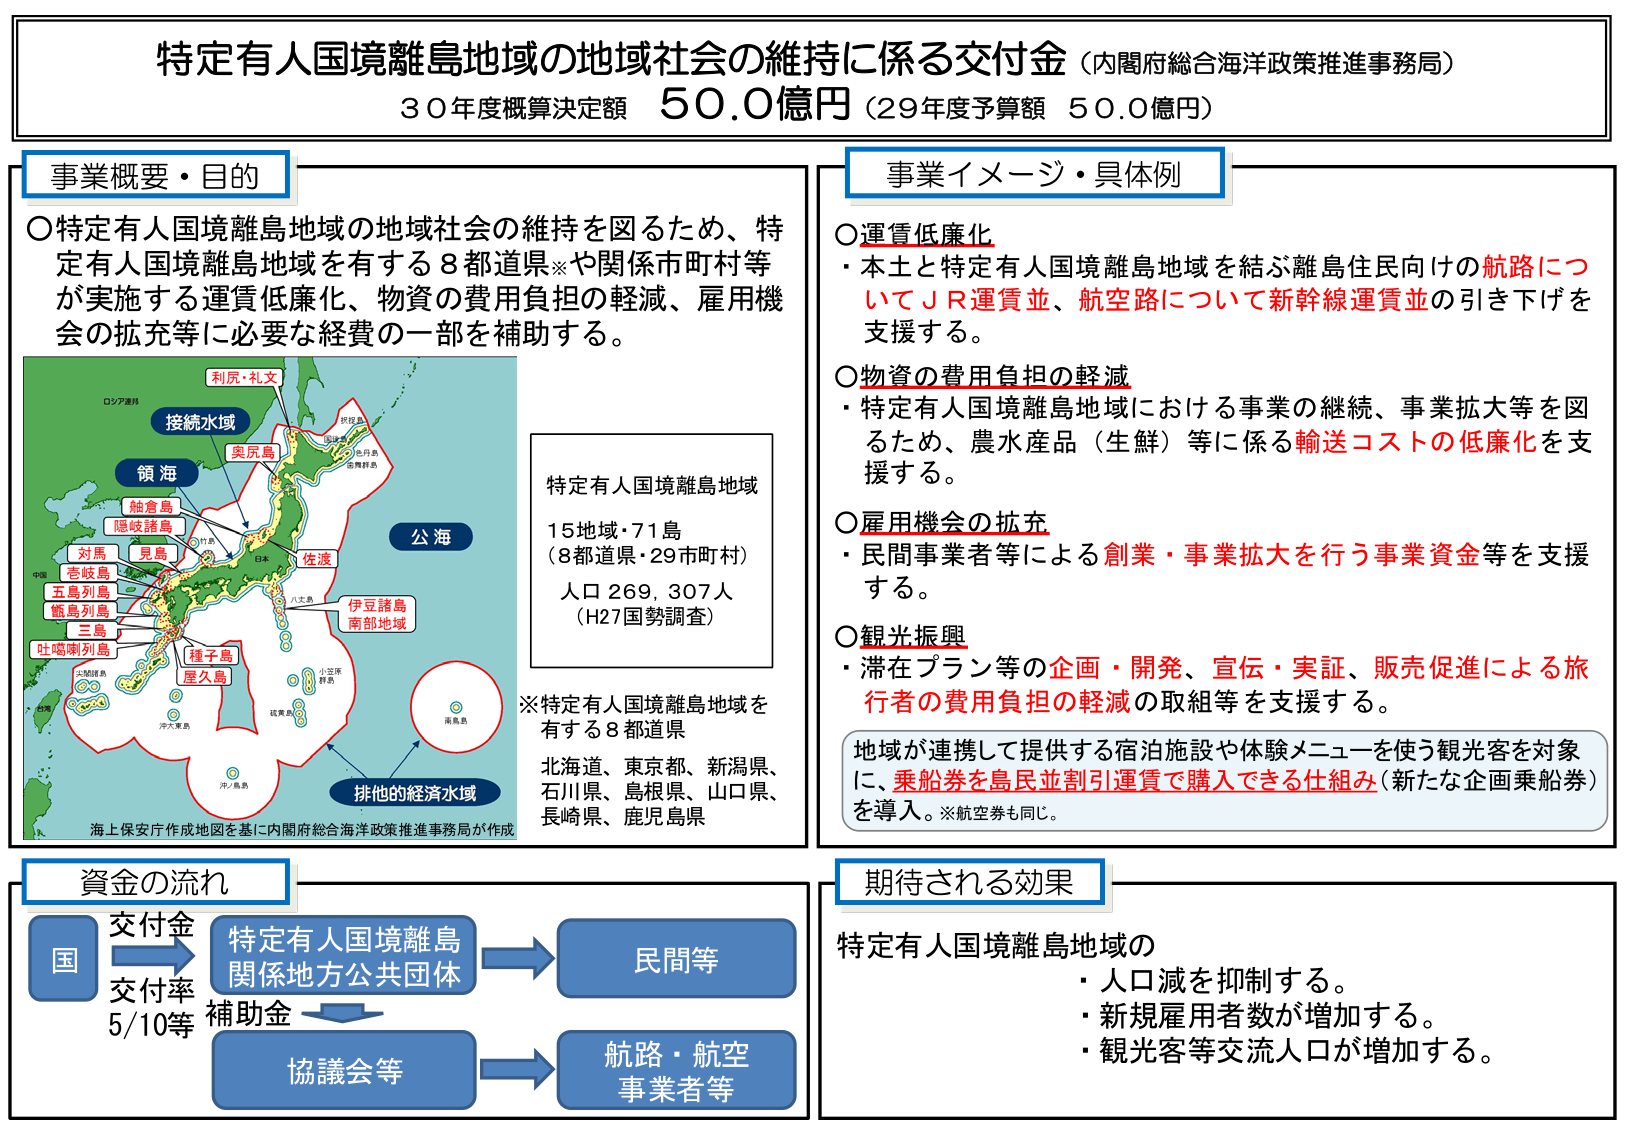
特定有人国境離島地域の地域社会の維持に係る交付金（内閣府総合海洋政策推進事務局）
30年度概算決定額 50.0億円（29年度予算額 50.0億円）

事業概要・目的
〇特定有人国境離島地域の地域社会の維持を図るため、特定有人国境離島地域を有する8都道県※や関係市町村等が実施する運賃低廉化、物資の費用負担の軽減、雇用機会の拡充等に必要な経費の一部を補助する。

（地図内ラベル）
利尻・礼文
接続水域
領海
奥尻島
蝦倉島
隠岐諸島
対馬
見島
壱岐島
五島列島
甑島列島
三島
吐噶喇列島
種子島
屋久島
佐渡
伊豆諸島
南部地域
公海
排他的経済水域
沖ノ鳥島
南鳥島
小笠原諸島
八丈島
日木
中国
ロシア連邦
海上保安庁作成地図を基に内閣府総合海洋政策推進事務局が作成

特定有人国境離島地域
15地域・71島
（8都道県・29市町村）
人口 269,307人
（H27国勢調査）

※特定有人国境離島地域を有する8都道県
北海道、東京都、新潟県、
石川県、島根県、山口県、
長崎県、鹿児島県

事業イメージ・具体例
〇運賃低廉化
・本土と特定有人国境離島地域を結ぶ離島住民向けの航路についてＪＲ運賃並、航空路について新幹線運賃並の引き下げを支援する。

〇物資の費用負担の軽減
・特定有人国境離島地域における事業の継続、事業拡大等を図るため、農水産品（生鮮）等に係る輸送コストの低廉化を支援する。

〇雇用機会の拡充
・民間事業者等による創業・事業拡大を行う事業資金等を支援する。

〇観光振興
・滞在プラン等の企画・開発、宣伝・実証、販売促進による旅行者の費用負担の軽減の取組等を支援する。

地域が連携して提供する宿泊施設や体験メニューを使う観光客を対象に、乗船券を島民並割引運賃で購入できる仕組み（新たな企画乗船券）を導入。※航空券も同じ。

資金の流れ
国 → 特定有人国境離島関係地方公共団体 → 民間等
交付金
交付率 5/10等
補助金
協議会等 → 航路・航空事業者等

期待される効果
特定有人国境離島地域の
・人口減を抑制する。
・新規雇用者数が増加する。
・観光客等交流人口が増加する。